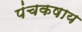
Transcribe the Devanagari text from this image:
पंचकषाय